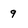
Character: 9